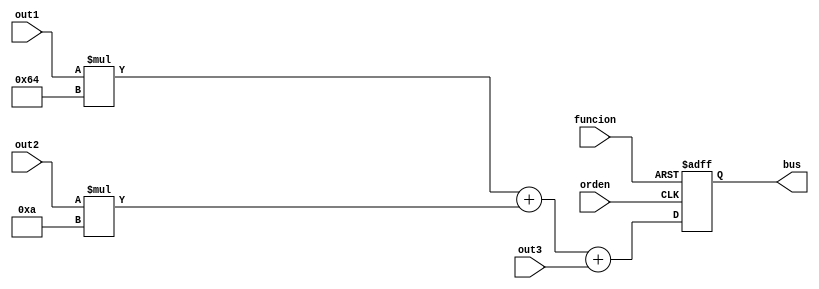
`timescale 1ns / 1ps
module lector(funcion,orden,out1,out2,out3,bus);
input orden, funcion;
input [3:0] out1, out2, out3;
output reg [10:0] bus;

initial
bus<=11'd0;


always @(posedge orden, negedge funcion)
if(~funcion)
	bus=11'd0;
else if(orden)
		bus=out1*7'd100+out2*4'd10+out3;
	
		


	

endmodule